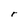
Character: r